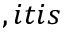
, i t i s